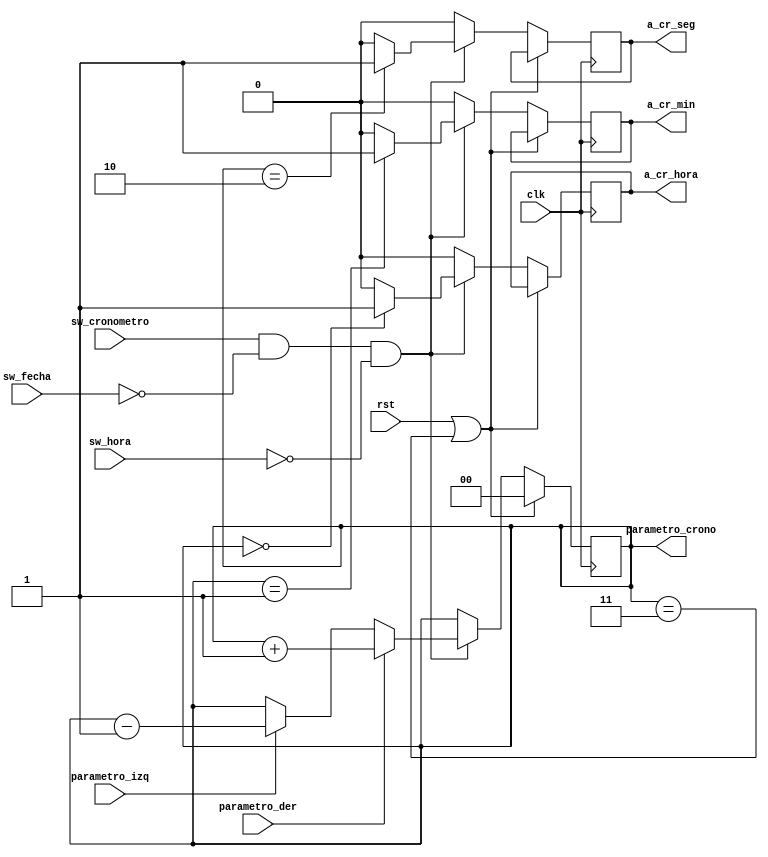
`timescale 1ns / 1ps

module Cont_ajuste_crono( 
    input clk,
    input rst,
	 input sw_hora, input sw_fecha, input sw_cronometro,
    input parametro_der,
    input parametro_izq,
 	 output reg a_cr_hora, a_cr_min, a_cr_seg,
    output reg [1:0] parametro_crono// 2 bits para elegir entre hora, minutos y segundos
    );
initial begin  a_cr_hora=1'b0; a_cr_min=1'b0; a_cr_seg=1'b0; end

  // variables para mitigar el rebote

 always @(posedge clk /*or posedge rst*/)   //se cummple cuando hay un flanco positivo en el clk y el rst
 begin
	if (rst || parametro_crono==2'd3 )
		 parametro_crono <= 2'b0;    // si reset esta activo pone la salida en 1  
	else if (sw_cronometro==1 && sw_fecha==0 && sw_hora==0)begin
		if (parametro_der ) begin //condicion que se cumple si se aumenta cuenta y no hay un dato previamente guardado del pulsador para evitar rebote 
			 parametro_crono <= parametro_crono + 2'b1; //aumenta cuenta
			  end   //guarda para el antirrebote
		else if (parametro_izq ) begin   //condicion que se cumple si se disminuye cuenta y no hay un dato previamente guardado del pulsador para evitar rebote 
			 parametro_crono <= parametro_crono - 2'b1;      //se disminuye cuenta
			  end        //guarda para el antirrebote
		else begin

			 parametro_crono <= parametro_crono; end
if (parametro_crono==2'd0) a_cr_hora <=1'b1; else a_cr_hora <=1'b0;
if (parametro_crono==2'd1) a_cr_min <=1'b1; else a_cr_min <=1'b0;
if (parametro_crono==2'd2) a_cr_seg <=1'b1; else a_cr_seg <=1'b0;  end
else begin a_cr_hora <=1'b0; a_cr_min <=1'b0; a_cr_seg <=1'b0; parametro_crono <= parametro_crono; end end
endmodule